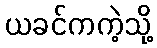
ယခင်ကကဲ့သို့